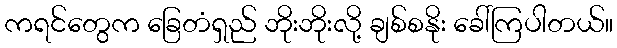
ကရင်တွေက ခြေတံရှည် ဘိုးဘိုးလို့ ချစ်စနိုး ခေါ်ကြပါတယ်။